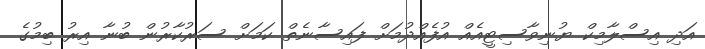
އަދި އިސްލާމިކް ޔުނިވާސިޓީއެއް އުފެއްދުމަށް ފައިސާނެތް ކަމަށް ސަރުކާރުން ބުނާ އިރު ބިމުގެ